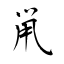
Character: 鼡